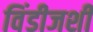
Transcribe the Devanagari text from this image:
विंडीजशी